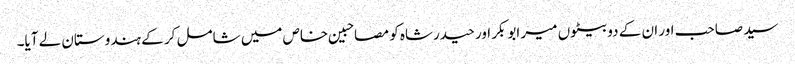
سید صاحب اور ان کے دو بیٹوں میر ابوبکر اور حیدرشاہ کو مصاحبین خاص میں شامل کر کے ہندوستان لے آیا۔